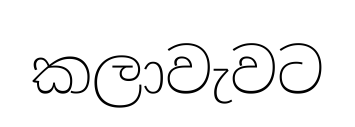
කලාවැවට